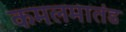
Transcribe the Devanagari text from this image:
कमलमातंड